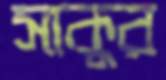
সাকুর